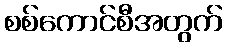
စစ်ကောင်စီအတွက်